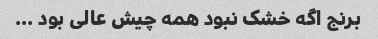
برنج اگه خشک نبود همه چیش عالی بود …